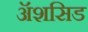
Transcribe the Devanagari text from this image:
ॲशसिड